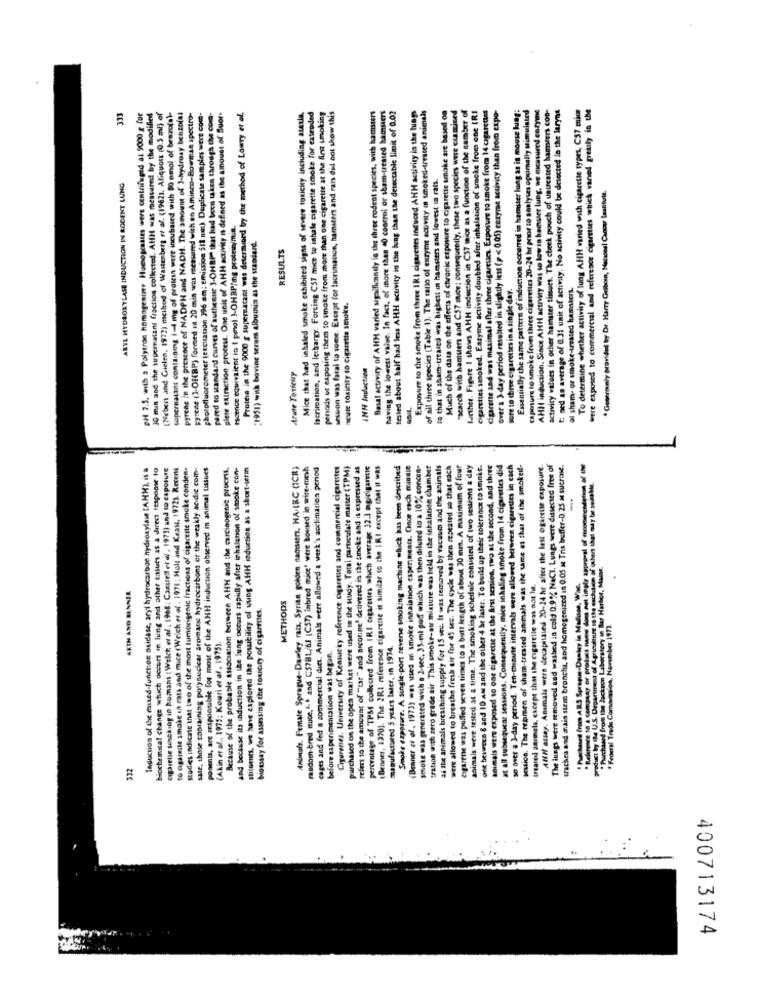
lacrimation, and lethargy. Forcing C57 mice to inhale cigarette smoke for extended
are than one cigarette at the first smoking
Basal activity of AHH varied significantly in the three rodeot species, with hamsters
having the lowest value. In fact, of more than 40 control or sham-treated hamsters
tested about half had irs AHH activity in the hung than the detectable limit of 0.02
Exposure to the smoke from three IRI cigarettes induced AHH activity in the lungs
of all three species [Table 1). The ratio of enzyme activity in smoked-tressed animals
Much of the data on the effects of chronic exposure to cigarette smoke are based on
"search with hamuers and C57 mice; consequently, these two species were examined
farther. Figure I shows AHH induction in C57 mice as a function of the number of
cigarettes sooked. Easyme activity doubled after inhalation of smoke from one IRI
cigarette and was maximal after three cigaretics. Exposure to smoke from 14 cigarettes
over a 3-day period resulted in slightly less (p < 0.05) enzyme activity than from expo-
Essentially the same pattern of induction occurred in hamster lung as in mouse lung:
caposure to smoke from three cigarettes 20-24 hr prior to analyses optimally simulated
AHIl induction. Since AHH activity was so low in hamster lung, we measured coryine
activity values in ocher hamster tissues. The cheek pouch of usurested hamsters con-
E: ned an average of 0.31 unit of activity. No activity could be detected in the laryne
To determine whether activity of lung AHH varied with cigarette types, CS7 mio
were exposed to commercial and reference cigarettes which vanved greatly in the
333
DH 7.5. with a Polytron homogeniner Homogcases were centrifuged at 9000 g for
IC man and the supernatant fraction collected. AffH was measured by the modified
(Webert and Gielen, 1972) method of Wastenberg ef af. (19621. Aliquors 0.5 ml) of
supernatant containing Il mg of protein were incubased with 80 omol of brazofel-
pyrene in the presence of NADPH and NADH. The amount of J-hydroxy benzo(s)
Fyrene (3-OHBP) formed in 20 min was measured with an Aminco-Bowman spectro-
photofluorometer (excitation 396 am: emission Sil wat) Duplicate samples wert com-
pared to standard curves of authentic 3-OHBP that had been takes through the core-
plete extraction process. One unit of AHH activity is defined as the amount of fluor-
Protte la the 9000 g supernatant was determined by the method of Lowry et al.
Mice that had inhaled smoke exhibited signs of severe toxicity including ataxla.
sesuon was fatal to some. Except for lacrimation, hamsters and rats did not show this
to that in sham-treated was highest in hamsters and lowest in rats.
ARYL HYDROXYLASE INDUCTION IN RODENT LUNG
* Generonly provided by Dr. Harry Ceiboin, National Cancer Institute.
escence equivalent to 1 pmol 3-OHBPjmg proteinjmia.
pensods ut exposing them to smoke from more than on
(1951) with bovine serum albumin as the standard.
RESULTS
sure to three cigarettes in a single day.
al sham- or smoke-treated hamsters.
heute toxicity to cigarette smoke.
Arate Toxicity
AHH Andaction
leduction of the mued-function buidase, aryi hydrocarbon hydroxylaw (AHH), is a
biochemical change which occurs in lung and other tassurs as a direct response to
oppdretie socksog in humans : Welch et al ., 1968; Canueil et al . 1971) and to caposure
to ogareile smoke in cats and mice (Welch et al . 1971; Halt and Keasz, 1972). Recent
studies indicate that two of the most lumorigenic fractions of cigarette smoke conden-
sate, those containing potysuckcar aromane hydrocarbons ot the weakly ae die com-
ponenis, are responsible for most of the AHH induction observed in animal tissues
Because of the probable association between AHH and the carcinogenic process,
and because its induction in the lung occurs rapidly after inhalation of smoke con-
sticoents, we have explored the possibility of uung AHH induction as a short-term
Animals. Female Sprague-Dawley rats, Syrian golden namseen, HA.IRC (ICR)
random-bred ttuce.1.º and C5781/dl (C57) inbred mice' were boused in wire-mesh
cages and fed a commercial diet. Animals were allowed a werk's acclimation period
Cigarenes, University of Kentucky reference cigarettes and commercial cigarettes
refers to the amount of "tar" and nicotine' delivered in the smoke and is expressed as
percentage of TPM collected from IRI cigarettes wtuich average 32.3 mg/cigarette
(Denner, 1970). The 2R.1 reference cigarette is similar to the IRI except that It was
Smoke ezparere. A single-port reverse smoking machine which has been described
(Beaner et of, 1973) was used in smoke inhalation experiments. Once esch minute
smoke was generated with a 2-sec, 35-ml pod which was then diluted to a 10% concen-
tration with zero grade air This smoke-at misture was held in the inhalation chamber
as the animals breathing supply for 15 sec. It was removed by vacuum and the animals
were allowed to breathe fresh air for 45 sec. The cycle was then repeated so that each
eigarene was pulled seven times to a butt length of about 30 mm. A maximum of four
animals were tested at a time. The smoking schedule consisted of two sessions a day
one bevwcca 8 and 10 Am and the other 4 år laser. To build up their tolerance to smoke.
nimals were exposed to one cigarette at the first session, two at the second, and three
ac sessions. Consequently, mice inhaling smoke from 14 cigarettes did
ay period. Ten-minute intervals were allowed between cigarettes in each
men of sham-treated animals was the same as that of the smokeil-
Animals were decapitated 20-24 hr after the last ogarette capoiure.
e removed and washed in cold 0.9% NaCl. Lungs were dusected free of
trachea and avais stem bronche, and homogenized in 0.05 M Tris buffer-0.25 M sucrose.
Get imoty approval of recommendation of the
Purchased on the open market were used in the study. Total particulate master (
" Purchased from the Jackson Laborstery in Bar Harbor, Mais.
except that the cigarette was not tut.
" Purchased from A.R.S Sprague-Denisy la Madison, Wie.
AKIN AND BANNER
bioassay for assessing the toxicity of cigarettes.
METHODS
of Agriculture to the
Federal Trade Commission, November 1973.
(Akin et al, 1975: Kouri et al. 1975).
before experimentation was begon.
manufactured 5 years later, in 1974.
ARS S
Over a
332
400713174